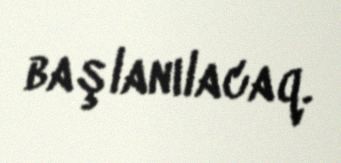
başlanılacaq.